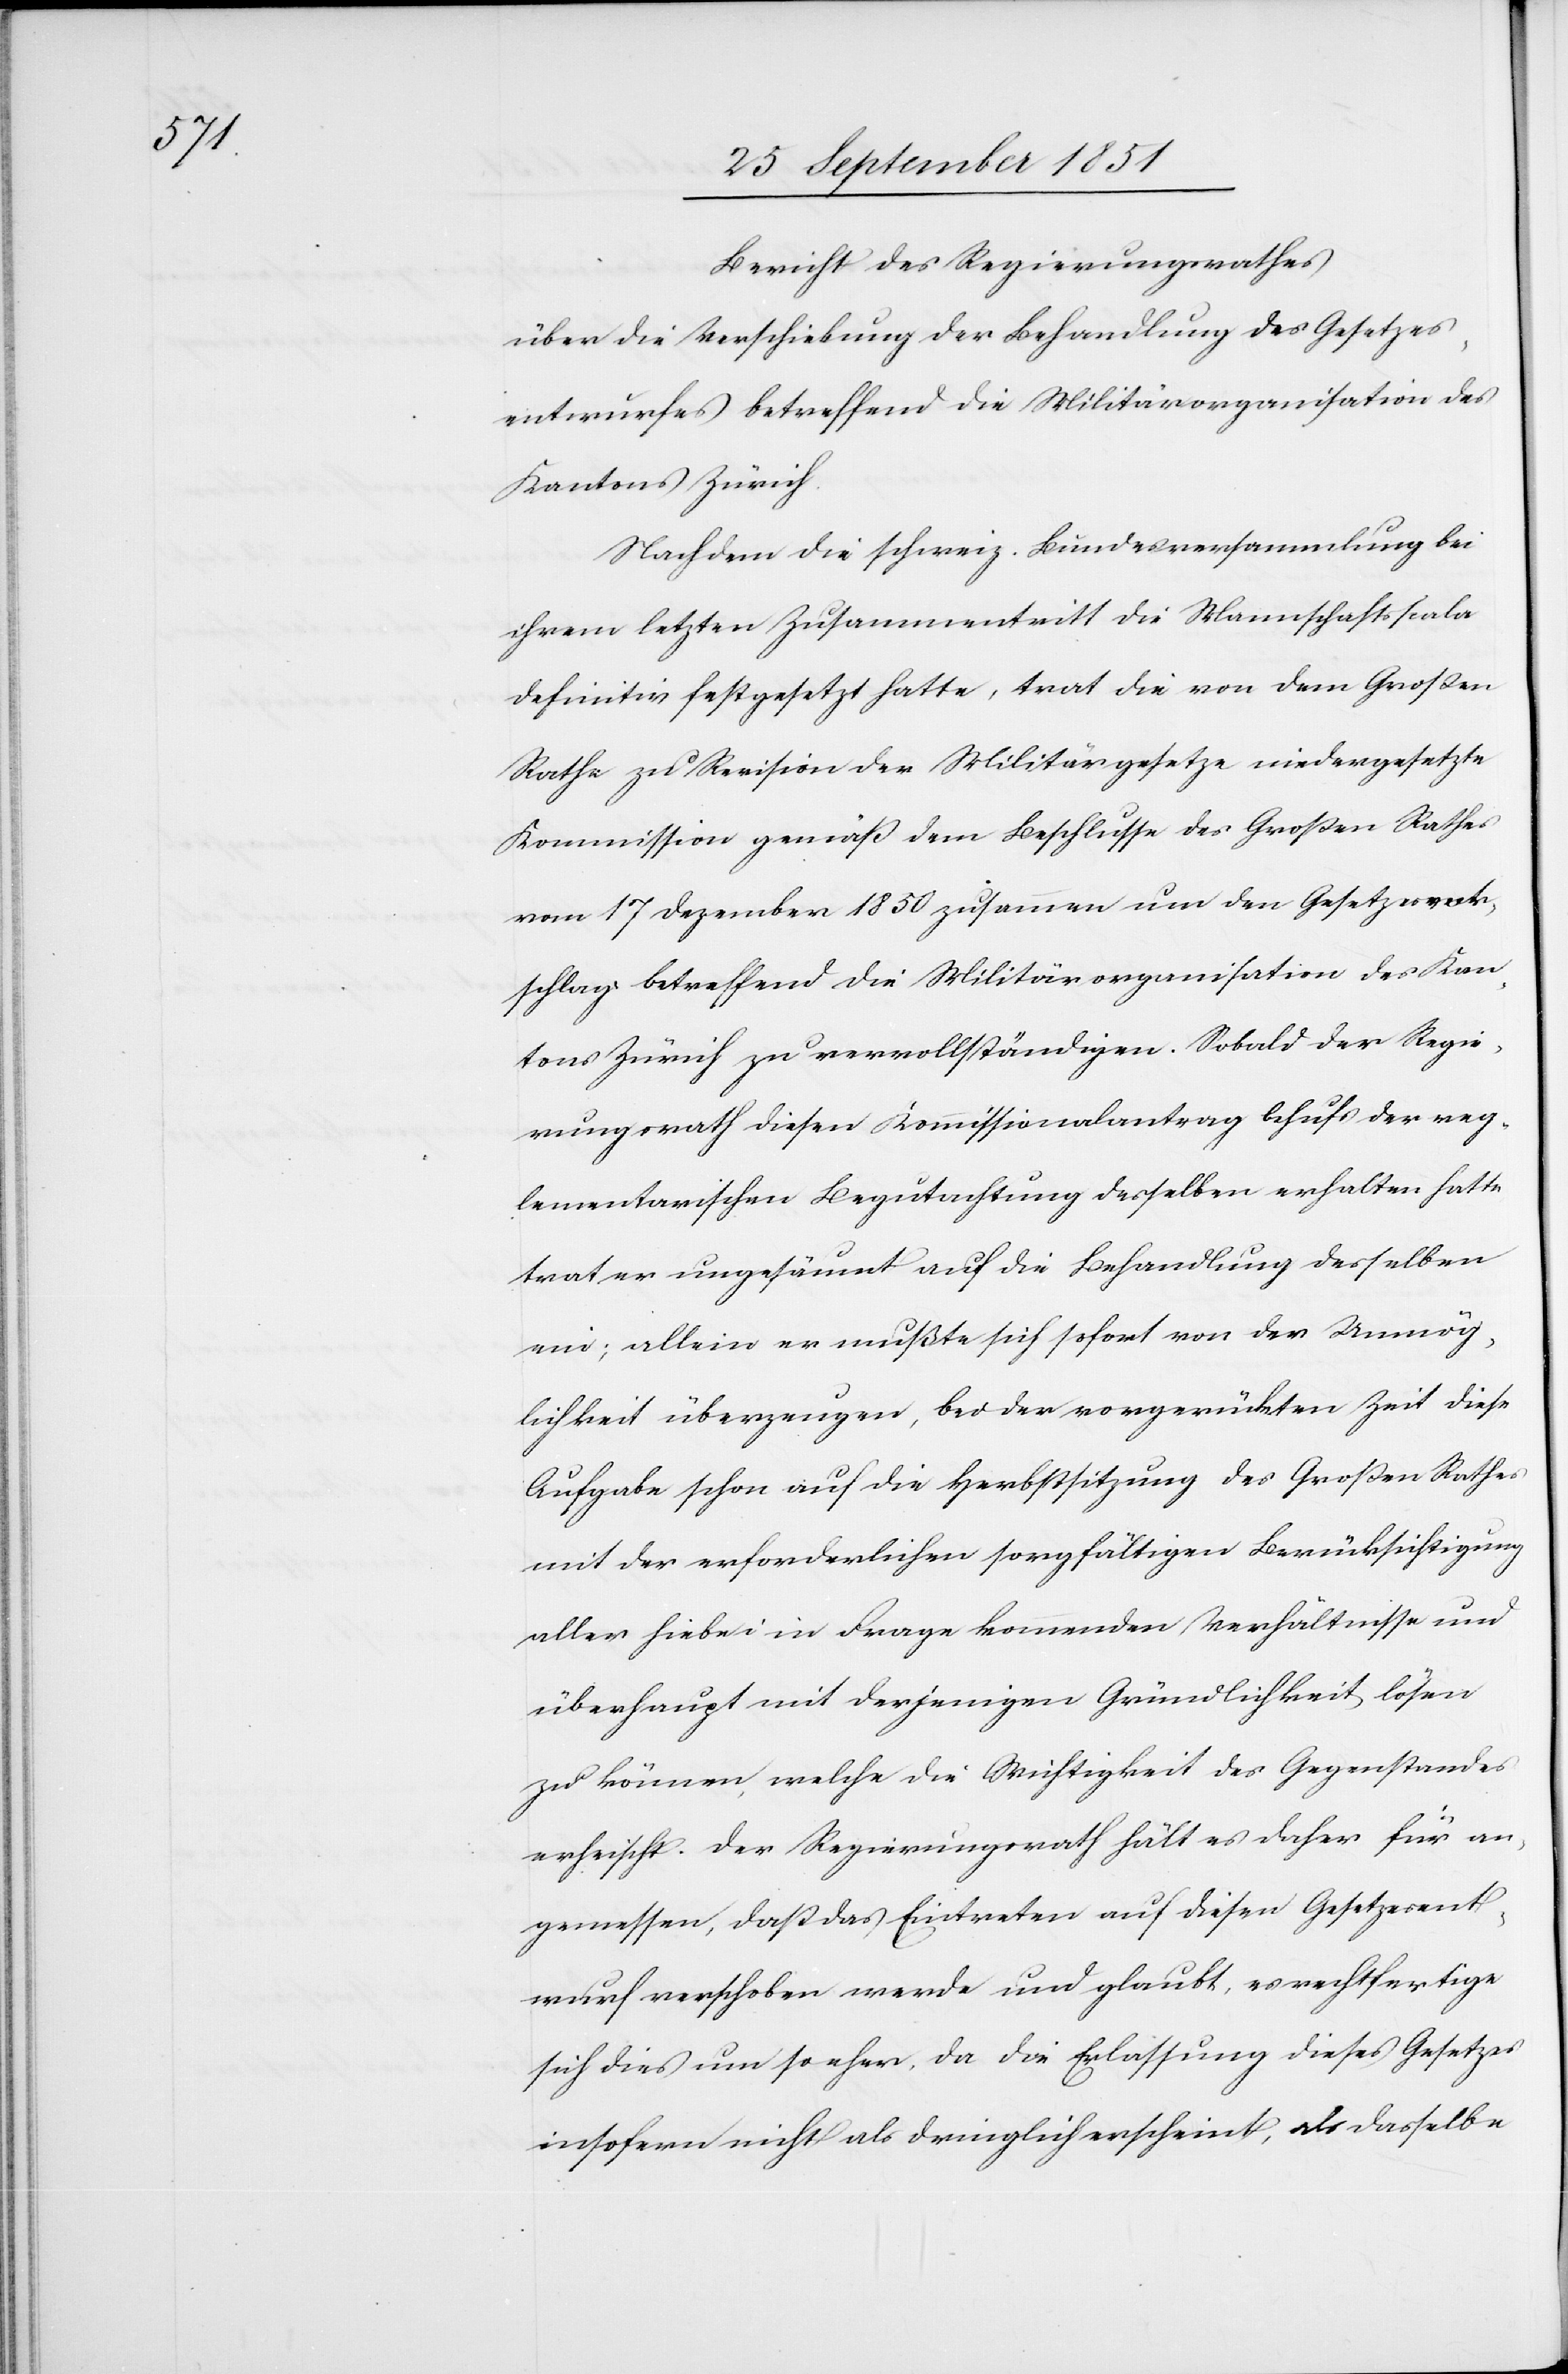
Bericht des Regierungsrathes
über die Verschiebung der Behandlung des Gesetzes¬
entwurfes betreffend die Militärorganisation des
Kantons Zürich.
Nachdem die schweiz. Bundesversammlung bei
ihrem letzten Zusammentritt die Mannschaftsscala
definitiv festgesetzt hatte, trat die von dem Großen
Rathe zu Revision der Militärgesetze niedergesetzte
Kommission gemäß dem Beschlusse des Großen Rathes
vom 17 Dezember 1850 zusammen um den Gesetzesvor¬
schlag betreffend die Militärorganisation des Kan¬
tons Zürich zu vervollständigen. Sobald der Regie¬
rungsrath diesen Kommissionalantrag behufs der reg¬
lementarischen Begutachtung desselben erhalten hatte
trat er ungesäumt auf die Behandlung desselben
ein; allein er mußte sich sofort von der Unmög¬
lichkeit überzeugen, bei der vorgerückten Zeit diese
Aufgabe schon auf die Herbstsitzung des Großen Rathes
mit der erforderlichen sorgfältigen Berücksichtigung
aller hiebei in Frage kommenden Verhältnisse und
überhaupt mit derjenigen Gründlichkeit lösen
zu können, welche die Wichtigkeit des Gegenstandes
erheischt. Der Regierungsrath hält es daher für an¬
gemessen, daß das Eintreten auf diesen Gesetzesent¬
wurf verschoben werde und glaubt, es rechtfertige
sich dies um so eher, da die Erlassung dieses Gesetzes
insofern nicht als dringlich erscheint, als dasselbe